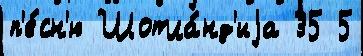
п'е́сн'ю Шотла́нд'иjа 35 5